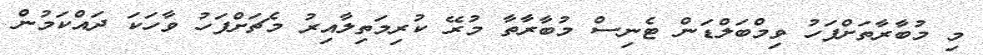
މި މުބާރާތަށްފަހު ވިމްބަލްޑަން ޓެނިސް މުބާރާތާ މުރޭ ކުރިމަތިލާއިރު މެޗަށްފަހު ވާހަކަ ދައްކަމުން